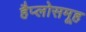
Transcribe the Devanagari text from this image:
हैप्लोसमूह